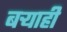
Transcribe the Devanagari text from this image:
बर्‍याही